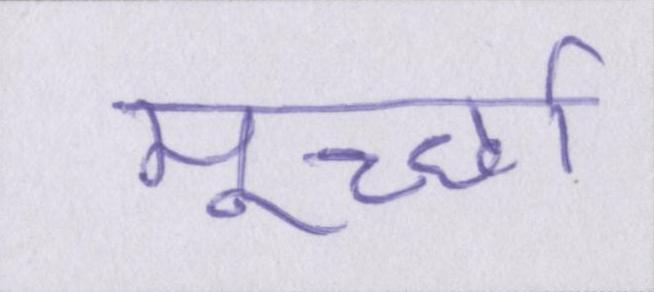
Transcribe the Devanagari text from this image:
मूर्च्छा